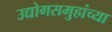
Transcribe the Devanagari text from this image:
उद्योगसमुहांच्या